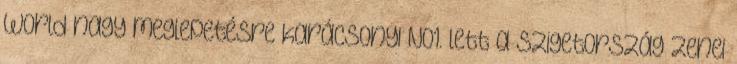
World nagy meglepetésre karácsonyi No1. lett a szigetország zenei